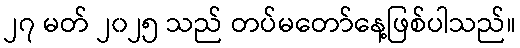
၂၇ မတ် ၂၀၂၅ သည် တပ်မတော်နေ့ဖြစ်ပါသည်။